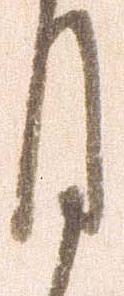
月